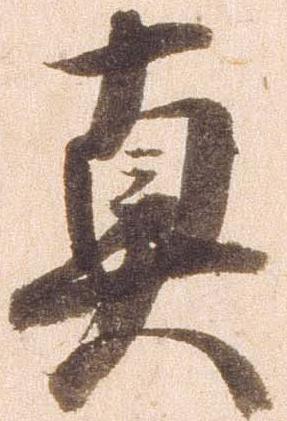
真